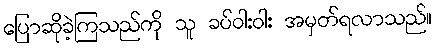
ပြောဆိုခဲ့ကြသည်ကို သူ ခပ်ဝါးဝါး အမှတ်ရလာသည်။